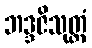
ဘဒ္ဒဇိသုတ္တံ